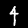
Label: 4